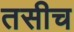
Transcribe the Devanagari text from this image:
तसीच